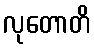
လုတောတိ